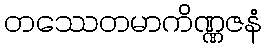
တဿေတမာကိဏ္ဏဇနံ